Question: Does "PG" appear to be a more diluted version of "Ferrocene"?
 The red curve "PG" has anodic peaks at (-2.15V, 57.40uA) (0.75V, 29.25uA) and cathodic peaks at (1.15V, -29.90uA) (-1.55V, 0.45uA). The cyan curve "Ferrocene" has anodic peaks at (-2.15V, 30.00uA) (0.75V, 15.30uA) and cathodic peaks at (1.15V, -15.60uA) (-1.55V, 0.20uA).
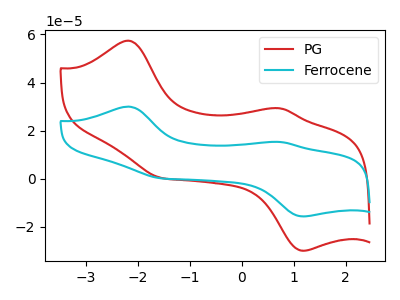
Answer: <think>All the peaks in "PG" have a peak in "Ferrocene" at the same potential.
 </think>
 <answer>I cant tell if "PG" or "Ferrocene" has higher concentration.</answer>
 <eval>mixed_concentration</eval>